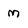
Character: M